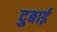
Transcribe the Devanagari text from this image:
दुबाई